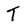
Character: T